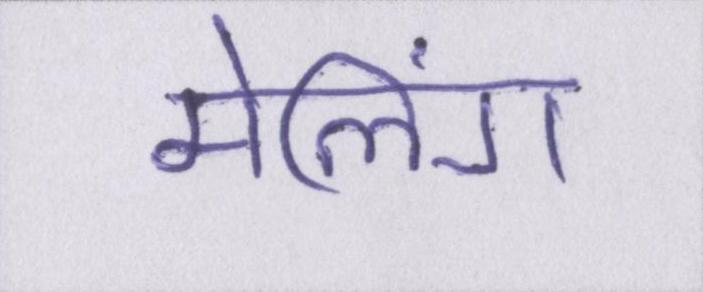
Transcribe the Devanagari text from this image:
मेलिंग